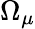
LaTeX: \Omega_{\mu}